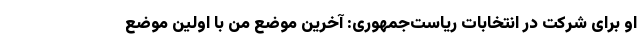
او برای شرکت در انتخابات ریاست‌جمهوری: آخرین موضع من با اولین موضع